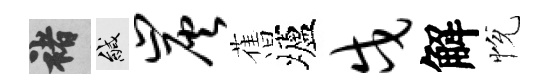
褚緘炭𦾔壚戍解恱